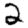
Digit: 2